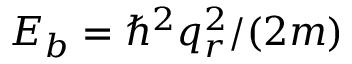
E _ { b } = \hbar ^ { 2 } q _ { r } ^ { 2 } / ( 2 m )